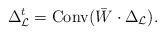
LaTeX: \begin{align*}\Delta^t_{\mathcal{L}} = \mathrm{Conv}(\bar{W}\cdot \Delta_{\mathcal{L}}).\end{align*}